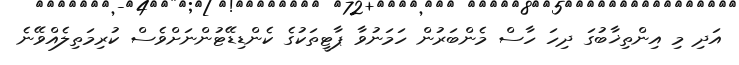
އަދި މި އިންތިޚާބުގަ ދިހަ ހާސް މެންބަރުން ހަމަނުވާ ޕާޓީތަކުގެ ކެންޑިޑޭޓުންނަށްވެސް ކުރިމަތިލެއްވޭނެ